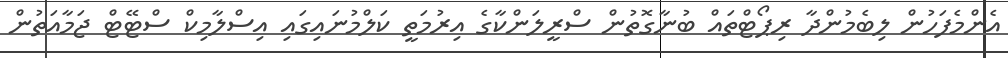
އެންމެފަހުން ލިބެމުންދާ ރިޕޯޓްތައް ބުނާގޮތުން ސްރީލަންކާގެ އިރުމަތީ ކަލްމުނައިގައި އިސްލާމިކް ސްޓޭޓް ޖަމާއަތުން